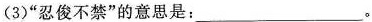
(3)”忍俊不禁”的意思是：___。